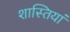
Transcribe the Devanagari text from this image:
शास्तियां